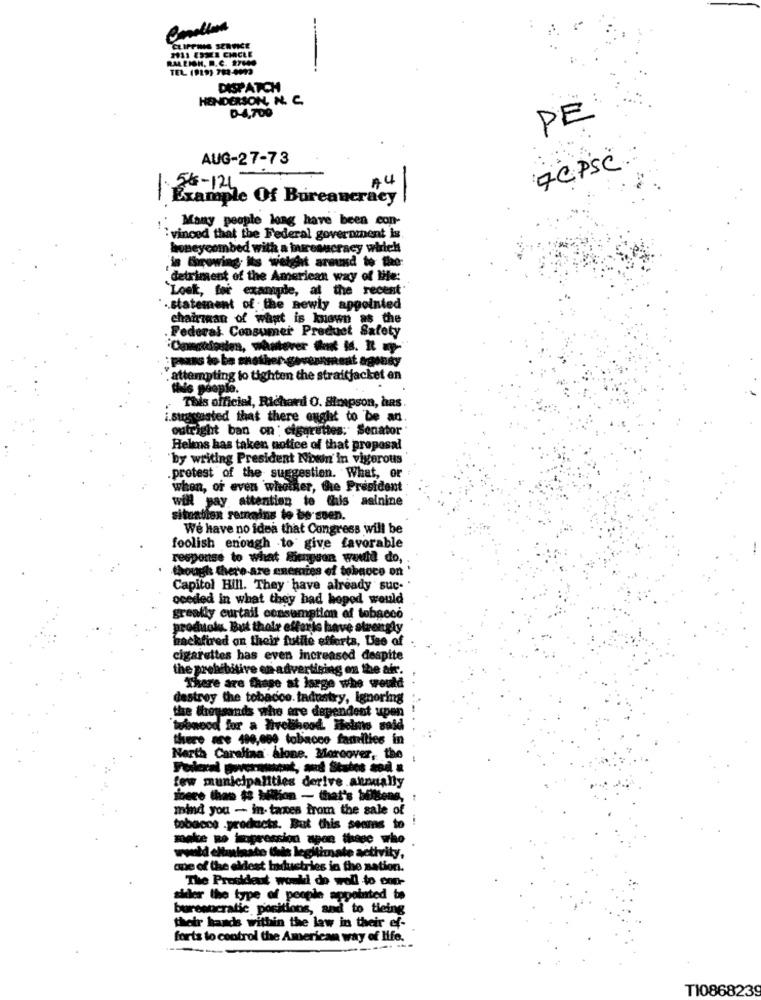
CLIPPING SERVICE
211 ESTER CIRCLE
RALEIGH. R. C. 27640
TEL (919) 783-4099
DISPATCH
HENDERSON, N. C.
D-4,700
PE
AUG-27-73
7CPSC
56-124
AC
Example Of Bureaucracy
Many people long have been con-
vinced that the Federal government is.
honeycombed with a torresucracy wirie !!
is Growing its weight around to the
detriment of the American way of Me:
`Loek, for example, al the recent'
.statement of the newly appointed
chairman of what is known as the
. Federal Consumer Product Sa
attempting to tighten the straitjacket en
this people.
This official, Richard O. Simpson, has.
i.suggested that there ought to be an
outright ban on ; cigarettes: Senator
Helens has taken notice of that proposal
`by writing President Nowi'in vigorouts
.pretest of the suggestion. What, or
when, or even whoister, the President
will pay attention to this asinine
situation remains to be ssen.
We have no idea that Congress will be
foolish enough to give favorable
response to what Sienguan would do,
though there are eneries of tobacco on '
Capitol Hill. They have already suc-
oceded in what they had hoped would
greatly curtail cessemation of tobacco
produoly. But thole efforts have strongly
nacktbred on their futile efforts, Use of
cigarettes has even increased despite
the prohibitive en advertising on the air.
There are those at large whe would
destroy the tobacco. tadustry, Ignoring
the thousands whe are dependent upon
there are 480,000 tobacco families in
North Carolina alone. Moreover, the
few municipalities derive annually
inere than $3 billion - that's Solens,
mind you - in- taxes from the sale of
tobacco .products. But this seems to
wwld eliminate thets legitimate activity,
one of the oldest Industries in the nation.
The President would do well to con-
sidler the type of people appointed to
bureaucratic positions, and to tieing
their hands within the law in their ef-
forts to control the American way of life.
T10868239